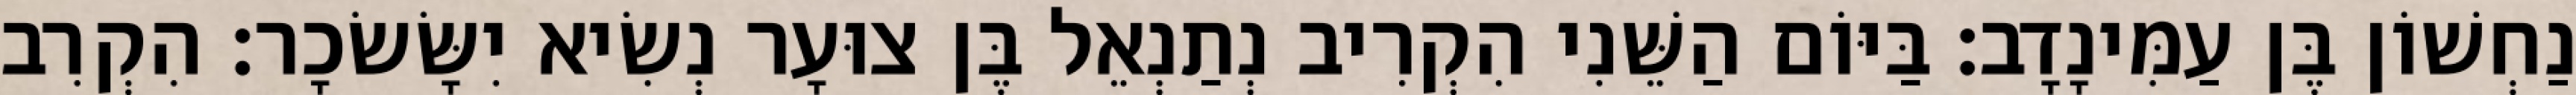
נַחְשׁוֹן בֶּן עַמִּינָדָב׃ בַּיּוֹם הַשֵּׁנִי הִקְרִיב נְתַנְאֵל בֶּן צוּעָר נְשִׂיא יִשָּׂשׂכָר׃ הִקְרִב